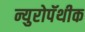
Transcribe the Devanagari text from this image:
न्युरोपॅथीक